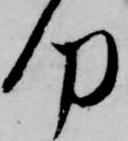
何